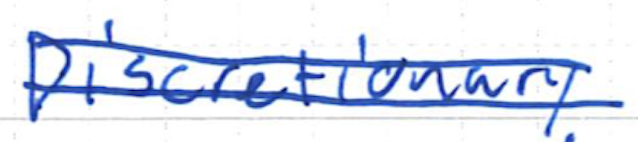
Text: Discretionary
Cross-out: double-line
Writing tool: ballpoint